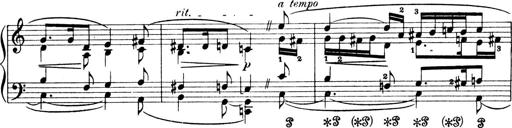
Title: 4 Sonatines
Composer: Max Reger